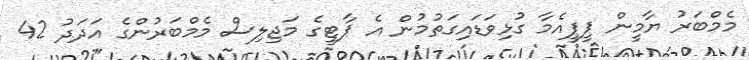
މެމްބަރު ޔާމީން ޕީޕީއެމާ ގުޅިވަޑައިގަތުމުން އެ ޕާޓީގެ މަޖިލިސް މެމްބަރުންގެ އަދަދު 42